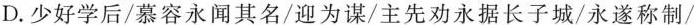
D.少好学后/慕容永闻其名/迎为谋/主先劝永据长子城/永遂称制/